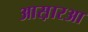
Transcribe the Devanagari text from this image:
आस़ारआ